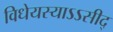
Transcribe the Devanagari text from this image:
विधेयस्याऽऽसीद्